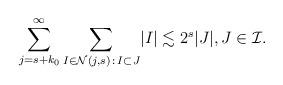
LaTeX: \begin{align*}\sum_{j = s+k_0} ^{\infty } \sum_{I\in \mathcal N (j,s) \,:\, I\subset J} \lvert I\rvert \lesssim 2 ^{s} \lvert J\rvert , J \in \mathcal I. \end{align*}